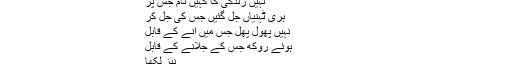
پھر اک باغ دیکھے گا اُجڑا سراسر
جہاں خاک اُڑتی ہے ہر سُو برابر
نہیں زندگی کا کہیں نام جس پر
ہری ٹہنیاں جل گئیں جس کی جل کر
نہیں پھول پھل جس میں آنے کے قابل
ہوئے رُوکھ جس کے جلانے کے قابل
نیز لکھا
نہیں دین باقی نہ اسلام باقی
علامہ اقبال مسلمانوں کی حالت کا نقشہ یوں کھینچتے ہیں۔